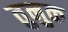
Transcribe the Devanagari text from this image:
तुनुक